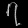
Digit: ၇